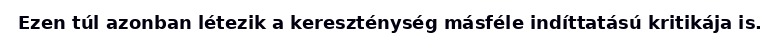
Ezen túl azonban létezik a kereszténység másféle indíttatású kritikája is.